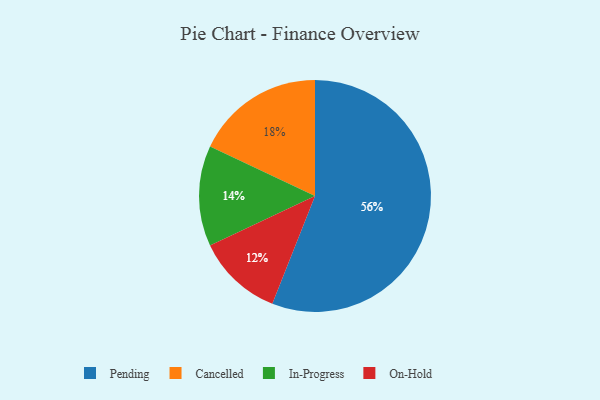
{"axis": {"x": "Category", "y": "Percentage"}, "legend": ["Cancelled", "In-Progress", "On-Hold", "Pending"], "data": [{"x": "Pending", "y": 56, "type": "Pending"}, {"x": "In-Progress", "y": 14, "type": "In-Progress"}, {"x": "On-Hold", "y": 12, "type": "On-Hold"}, {"x": "Cancelled", "y": 18, "type": "Cancelled"}]}